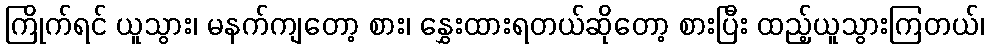
ကြိုက်ရင် ယူသွား၊ မနက်ကျတော့ စား၊ နွှေးထားရတယ်ဆိုတော့ စားပြီး ထည့်ယူသွားကြတယ်၊